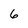
Character: 6